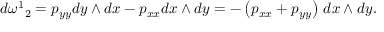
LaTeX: d { \omega ^ { 1 } } _ { 2 } = p _ { y y } d y \wedge d x - p _ { x x } d x \wedge d y = - \left( p _ { x x } + p _ { y y } \right) \, d x \wedge d y .